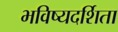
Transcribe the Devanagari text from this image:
भविष्यदर्शिता